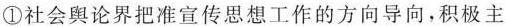
义。做好该项工作需要 ( )